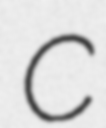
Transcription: C